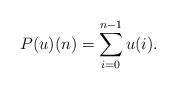
LaTeX: \begin{gather*}P(u)(n) = \sum_{i=0}^{n-1}{u(i)} .\end{gather*}